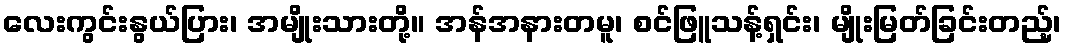
လေးကွင်းနွယ်ပြား၊ အမျိုးသားတို့။ အန်အနားတမူ၊ စင်ဖြူသန့်ရှင်း၊ မျိုးမြတ်ခြင်းတည့်၊